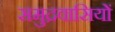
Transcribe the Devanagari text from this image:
समुद्रवासियों